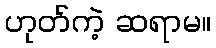
ဟုတ်ကဲ့ ဆရာမ။